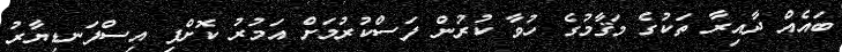
ބައެއް ދާއިރާ ތަކުގެ މަޤާމުގެ ހުވާ ކުރުން ފަސްކުރުމަށް އަމުރު ކޮށްފި އިސްފަނޑިޔާރު